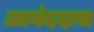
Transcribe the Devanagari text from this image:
आनंददास